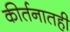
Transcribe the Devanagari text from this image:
कीर्तनातही